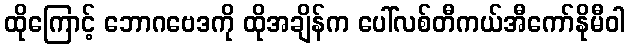
ထိုကြောင့် ဘောဂဗေဒကို ထိုအချိန်က ပေါ်လစ်တီကယ်အီကော်နိုမီဝါ